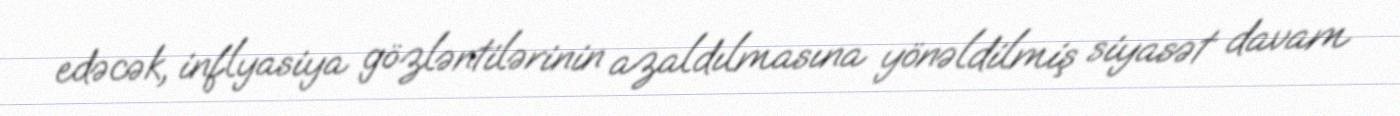
edəcək, inflyasiya gözləntilərinin azaldılmasına yönəldilmiş siyasət davam